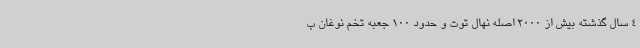
4 سال گذشته بیش از 2000 اصله نهال توت و حدود 100 جعبه تخم نوغان ب